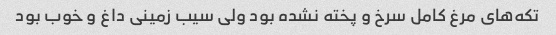
تکه‌های مرغ کامل سرخ و پخته نشده بود ولی سیب زمینی داغ و خوب بود